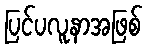
ပြင်ပလူနာအဖြစ်